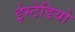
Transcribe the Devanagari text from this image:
ईस्टेडियो